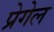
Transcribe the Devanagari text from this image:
प्रेगेल